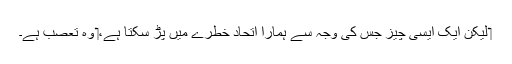
‏ لیکن ایک ایسی چیز جس کی وجہ سے ہمارا اِتحاد خطرے میں پڑ سکتا ہے،‏ وہ تعصب ہے۔